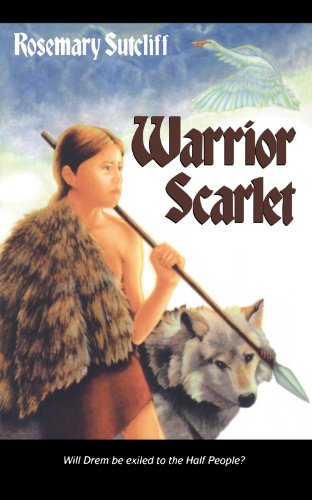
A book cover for Warrior Scarlet; Rosemary Sutcliff; Teen & Young Adult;